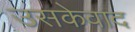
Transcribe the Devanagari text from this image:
उसकेवाद